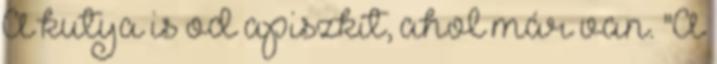
A kutya is od apiszkít, ahol már van. "A